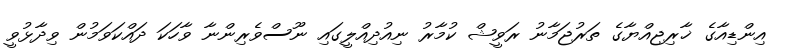
އިންޑިއާގެ ޚާރިޖިއްޔާގެ ތަރުޖަމާނު ރަވީޝް ކުމާރު ނިއުދިއްލީގައި ނޫސްވެރިންނާ ވާހަކަ ދައްކަވަމުން ވިދާޅުވީ